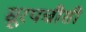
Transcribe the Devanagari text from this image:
सूरपचीसी